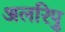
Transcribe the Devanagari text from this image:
अलरिपु